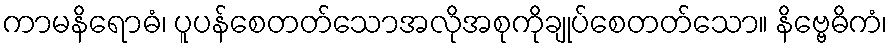
ကာမနိရောဓံ၊ ပူပန်စေတတ်သောအလိုအစုကိုချုပ်စေတတ်သော။ နိဗ္ဗေဓိကံ၊